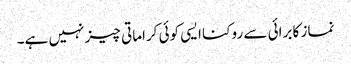
نماز کا برائی سے روکنا ایسی کوئی کراماتی چیز نہیں ہے۔